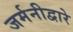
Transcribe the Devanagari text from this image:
जर्मनीद्वारे